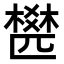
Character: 𣛍